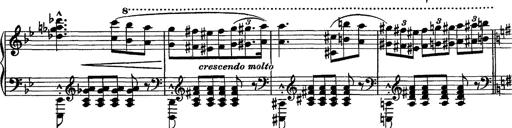
Title: Piano Sonata
Composer: Karl HÃ¤ssler
Key: C major